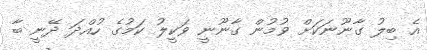
އެ ބިލު ގާނޫނަކަށް ވުމުން ގާނޫނީ ވަކީލު ކަމުގެ ހުއްދަ ދޭނީ ބާ